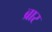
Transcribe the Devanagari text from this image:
ब्रार